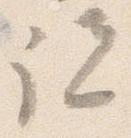
説